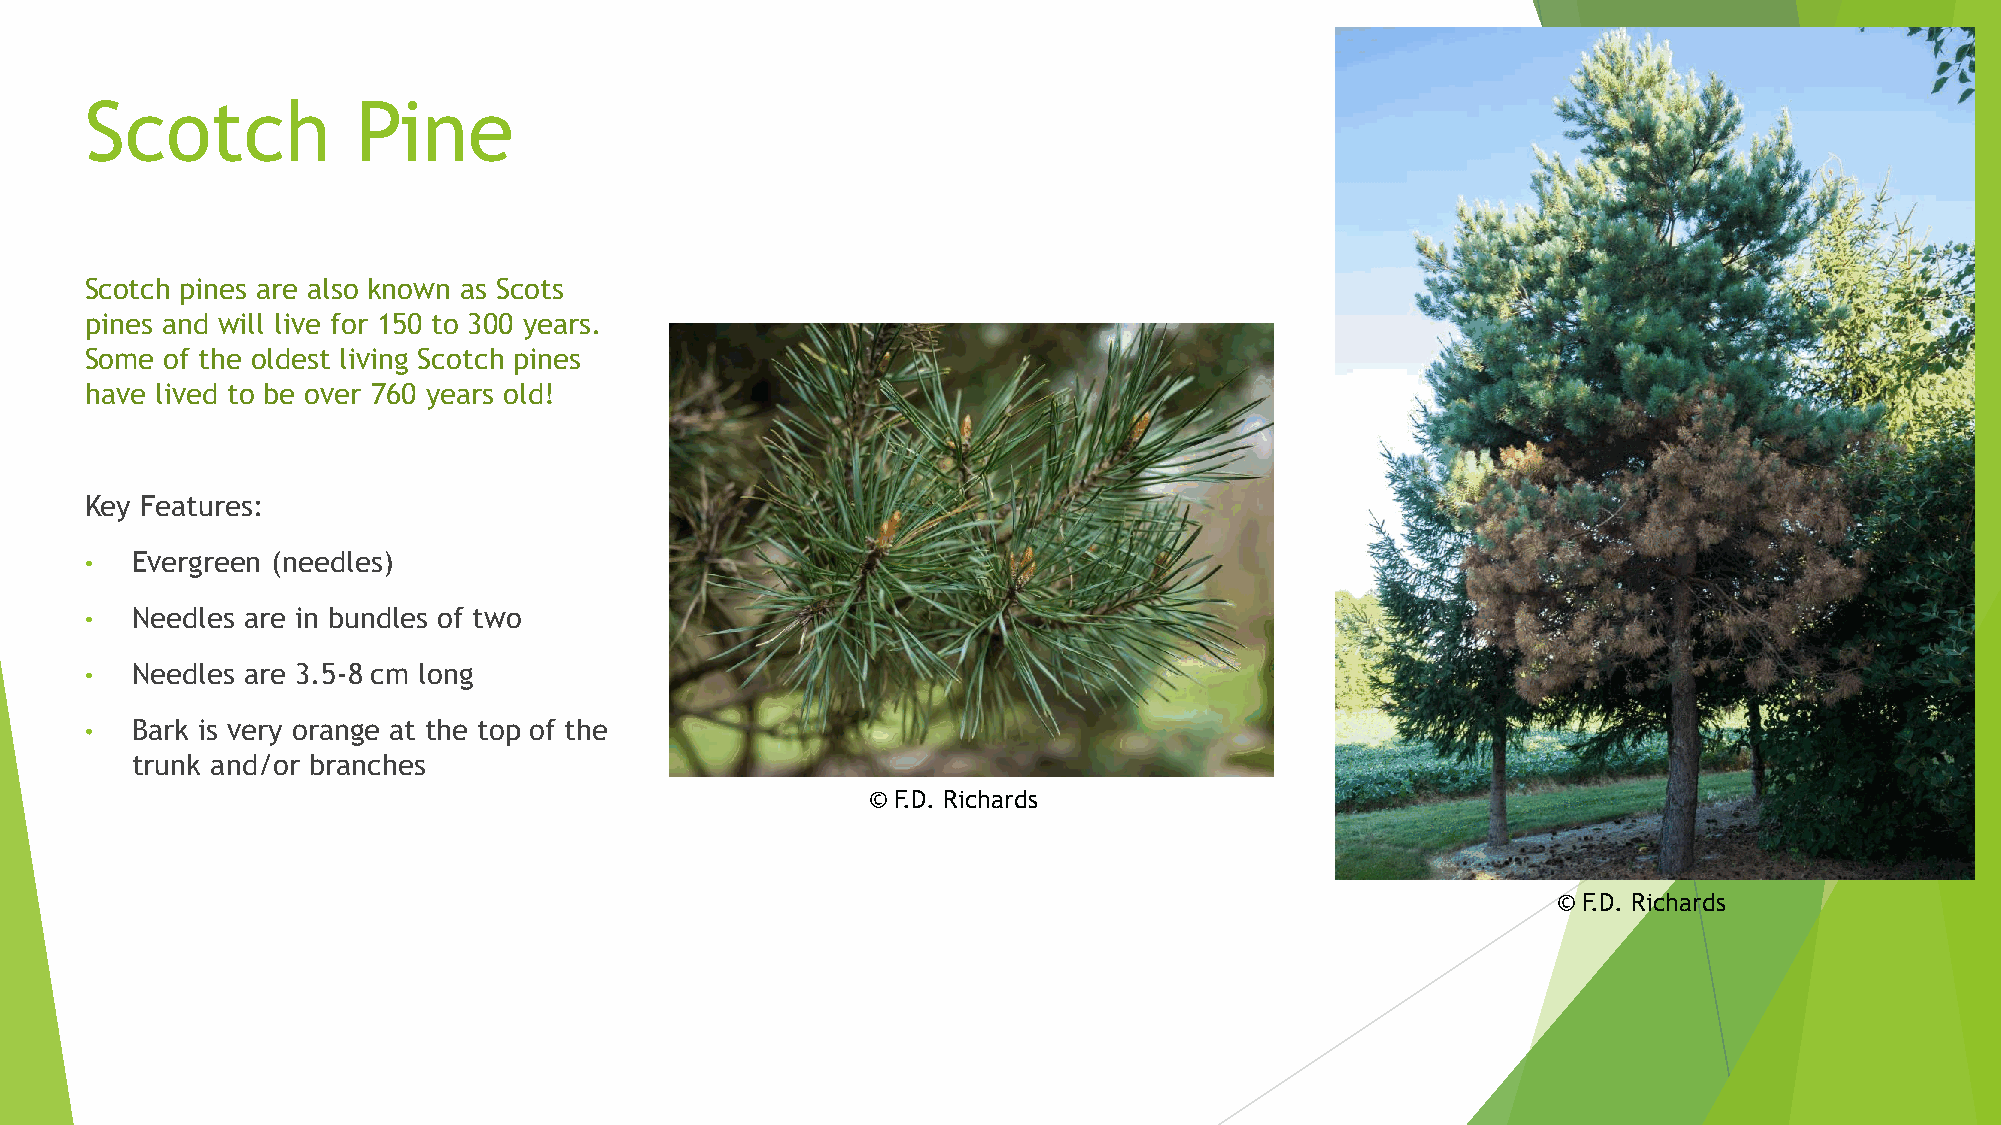
Scotch            Pine
 Scotch pines are also known as Scots
 pines and will live for 150 to 300 years.
 Some of the oldest living Scotch pines
 have lived to be over 760 years old!
 Key Features:
 •  Evergreen (needles)
 •  Needles are in bundles of two
 •  Needles are 3.5-8 cm long
 •  Bark is very orange at the top of the
 trunk and/or branches
 © F.D. Richards
 © F.D. Richards